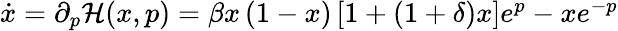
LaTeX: \begin{array}{r}{\dot{x}={\partial_{p}}\mathcal{H}({x,p})=\beta x\left({1-x}\right)\left[{1+({1+\delta})x}\right]{e^{p}}-x{e^{-p}}}\end{array}